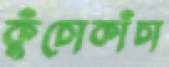
কুঁচোকাঁচা